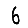
Digit: 6